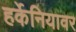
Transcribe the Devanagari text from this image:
हर्केनियावर